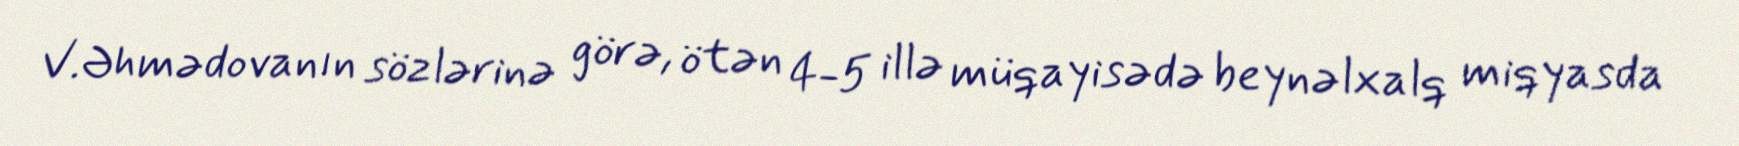
V.Əhmədovanın sözlərinə görə, ötən 4-5 illə müqayisədə beynəlxalq miqyasda